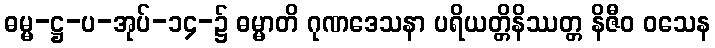
ဓမ္မ-ဋ္ဌ-ပ-အုပ်-၁၄-၌ ဓမ္မာတိ ဂုဏဒေသနာ ပရိယတ္တိနိဿတ္တ နိဇီဝ ဝသေန